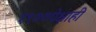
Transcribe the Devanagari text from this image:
१९७७पेक्षाही